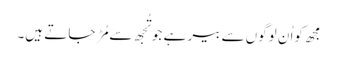
مجھ کواُ ن لوگوں سے بیر ہے جو تُجھ سے مُڑ جا تے ہیں۔